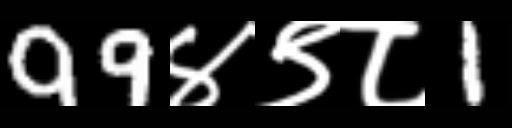
Text: 99४९८1